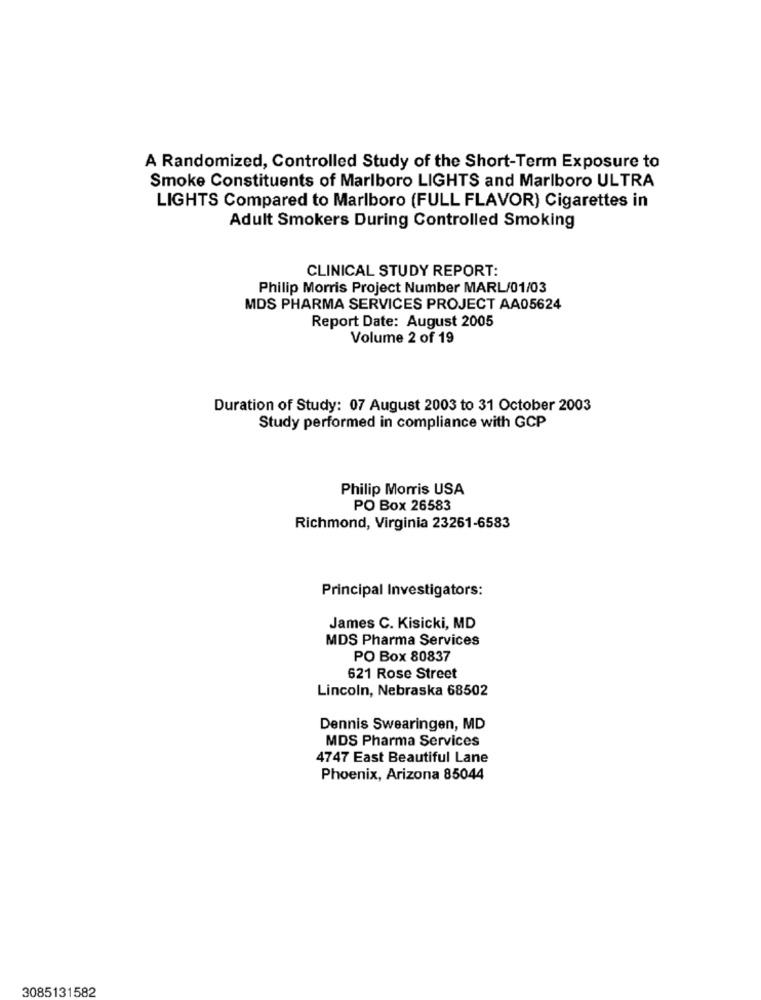
A Randomized, Controlled Study of the Short-Term Exposure to
Smoke Constituents of Marlboro LIGHTS and Marlboro ULTRA
LIGHTS Compared to Marlboro (FULL FLAVOR) Cigarettes in
Adult Smokers During Controlled Smoking
CLINICAL STUDY REPORT:
Philip Morris Project Number MARL/01/03
MDS PHARMA SERVICES PROJECT AA05624
Report Date: August 2005
Volume 2 of 19
Duration of Study: 07 August 2003 to 31 October 2003
Study performed in compliance with GCP
Philip Morris USA
PO Box 26583
Richmond, Virginia 23261-6583
Principal Investigators:
James C. Kisicki, MD
MDS Pharma Services
PO Box 80837
621 Rose Street
Lincoln, Nebraska 68502
Dennis Swearingen, MD
MDS Pharma Services
4747 East Beautiful Lane
Phoenix, Arizona 85044
3085131582